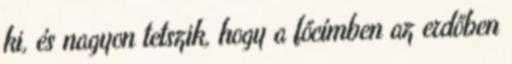
ki, és nagyon tetszik, hogy a főcímben az erdőben